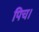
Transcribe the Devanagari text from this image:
पिच।